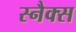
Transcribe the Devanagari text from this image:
स्‍नैक्स